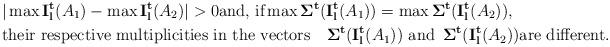
LaTeX: \begin{align*}&\vert \max {\bf I_l^t}(A_1)-\max {\bf I_l^t}(A_2)\vert>0 \hbox{and, if} \max {\bf \Sigma^t}({\bf I_l^t}(A_1))=\max {\bf \Sigma^t}({\bf I_l^t}(A_2)),\\ &\hbox{their respective multiplicities in the vectors}\quad{\bf \Sigma^t}({\bf I_l^t}(A_1))\,\,\hbox{and}\,\,\, {\bf \Sigma^t}({\bf I_l^t}(A_2)) \hbox{are different.}\end{align*}